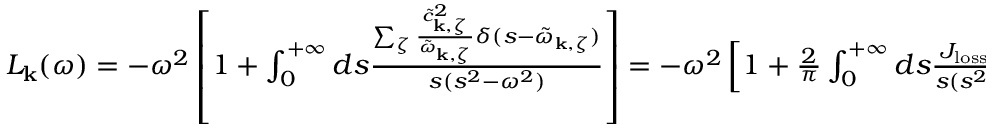
\begin{array} { r } { L _ { \mathbf { k } } ( \omega ) = - \omega ^ { 2 } \left[ 1 + \int _ { 0 } ^ { + \infty } d s \frac { \sum _ { \zeta } \frac { \tilde { c } _ { \mathbf { k } , \zeta } ^ { 2 } } { \tilde { \omega } _ { \mathbf { k } , \zeta } } \delta ( s - \tilde { \omega } _ { \mathbf { k } , \zeta } ) } { s ( s ^ { 2 } - \omega ^ { 2 } ) } \right] = - \omega ^ { 2 } \left[ 1 + \frac { 2 } { \pi } \int _ { 0 } ^ { + \infty } d s \frac { J _ { \mathrm { l o s s } } ( s , \mathbf { k } ) } { s ( s ^ { 2 } - \omega ^ { 2 } ) } \right] , } \end{array}